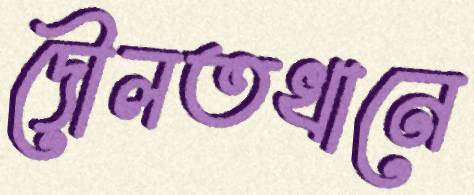
দৌলতখানে